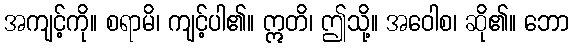
အကျင့်ကို။ စရာမိ၊ ကျင့်ပါ၏။ ဣတိ၊ ဤသို့။ အဝေါစ၊ ဆို၏။ ဘော